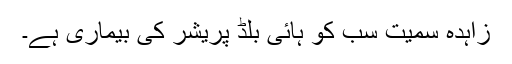
زاہدہ سمیت سب کو ہائی بلڈ پریشر کی بیماری ہے۔